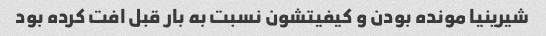
شیرینیا مونده بودن و کیفیتشون نسبت به بار قبل افت کرده بود